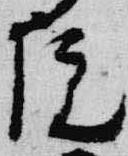
院